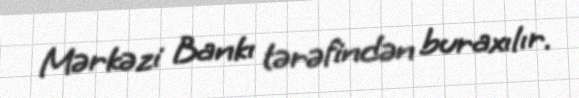
Mərkəzi Bankı tərəfindən buraxılır.